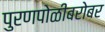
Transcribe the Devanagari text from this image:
पुरणपोळीबरोबर